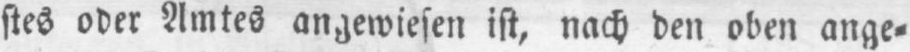
stes oder Amtes angewiesen ist, nach den oben ange⸗